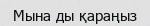
Мына ды қараңыз